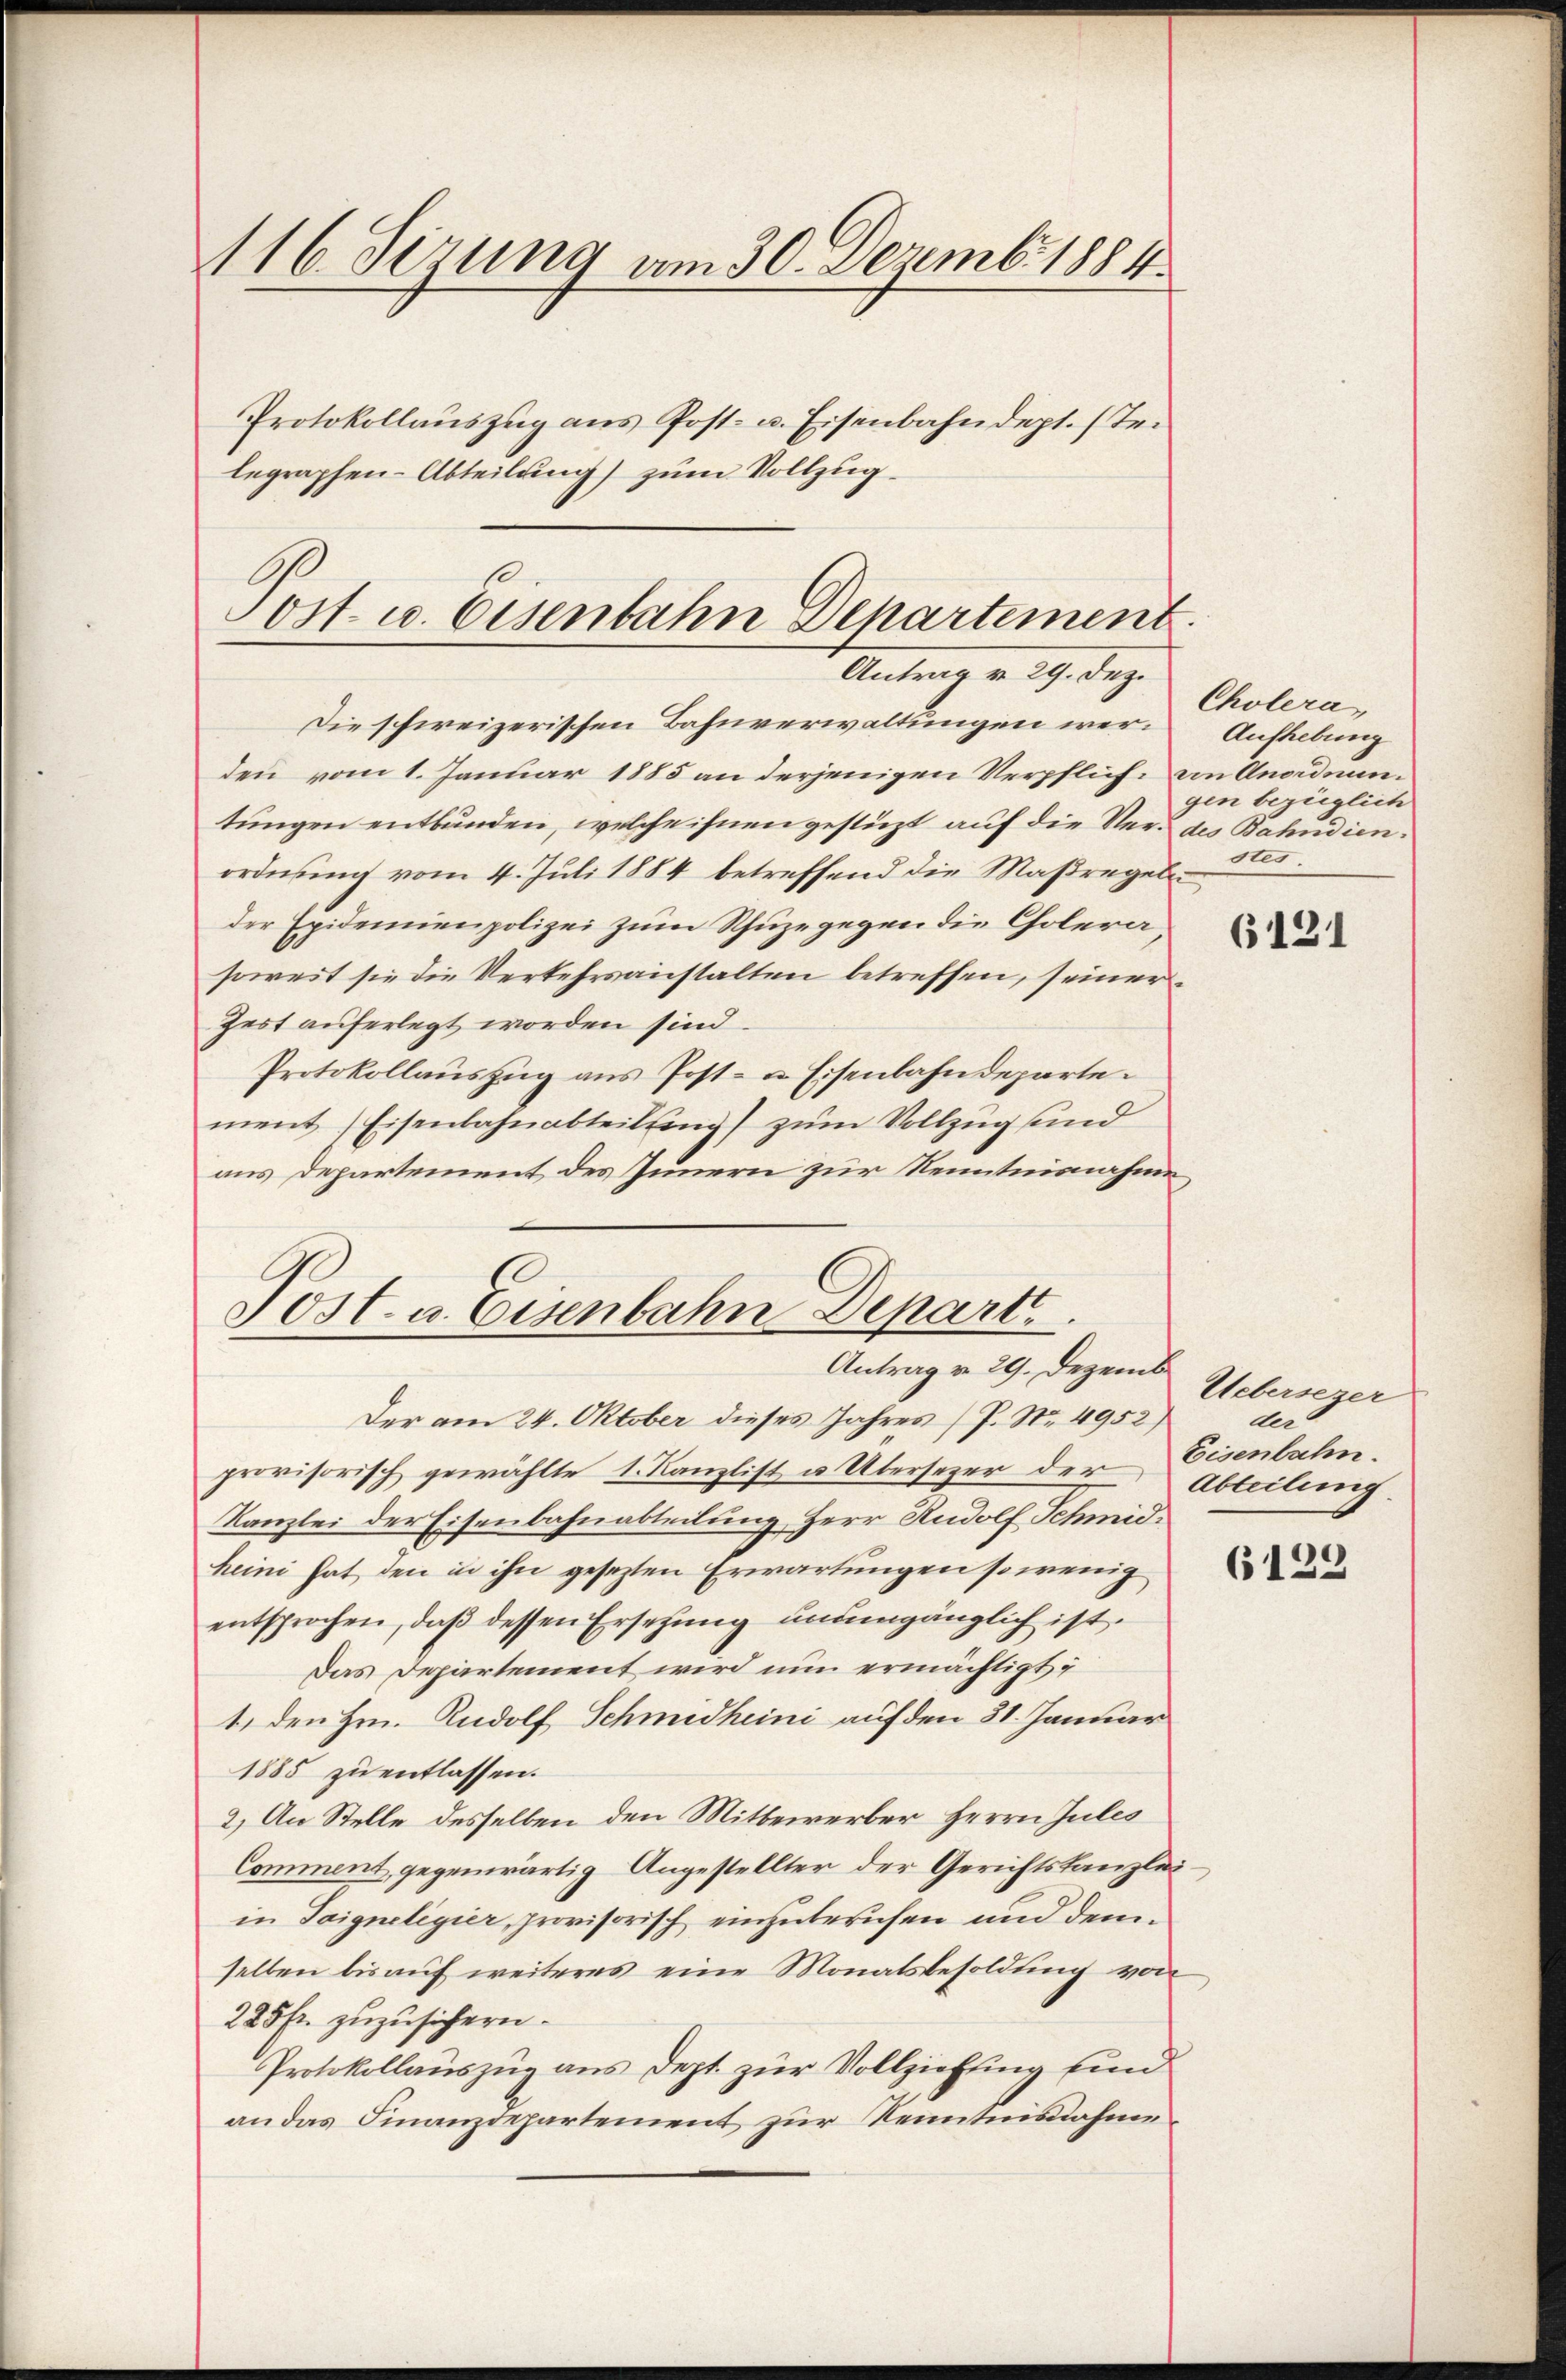
16. dirung am 30. Dezemb. 1884.
Protokollaŭszŭg ans Post- u. Eisenbahndept. (T.
legraphen-Abteilung) zum Vollzug.

Jost u. Eisenbahn Departement.
Antrag v. 29. Dez.

Die schweizerischen Bahnverwaltungen werden vom 1. Januar 1885 an derjenigen Verpflich an Anaidetungen entbunden, welche ihnen gestüzt auf die Verd des Bahndienordnung vom 4. Juli 1884 betreffend die Maßregeln
der Epidemienpolizei zum Schuzegegen die Cholera
soweit sie die Verkehrsanstalten betreffen, seiner
Zeit auferlegt worden sind.
Protokollauszug aus Post- u. Eisenbahndeparte.
ment Eisenbahnabteilung) zum Vollzug sind
aus Departement des Innern zur Nenntnisnahme

Post u. Eisenbahn Depart.
Antrag v. 29. Dezemb

Cholera,
Aufhebung
gen bezüglich
stes

Der am 24. Oktober dieses Jahres P. Nr. 4952)
provisorisch gewählte 1. Kanzlist u. Übersezer der
Kanzlei der Eisenbahnabteilung Herr Rudolf Schmidheini hat den in ihn gesezten Erwartungen so wenig
entsprochen, daß dessen Ersetzung unumgänglich ist.
Das Departement wird nun ermächtigt,
1. den Hrn. Rudolf Schmidheini auf den 31. Januar
1885 zu entlassen.
2.) An Stelle desselben den Mitbewerber Herrn Jules
Comment, gegenwärtig Angestellter der Gerichtskanzleiin Saigneligier, provisorisch einzuberufen und demselben bis auf weiteres eine Monatsbesoldung von
225 fr. zuzusichern.
Protokollauszug aus Dept. zur Vollziehung sind
an das Finanzdepartement zur Kenntnisnahme¬

6121

Uebersezer
der
Eisenbahn.
Abteilung

6129